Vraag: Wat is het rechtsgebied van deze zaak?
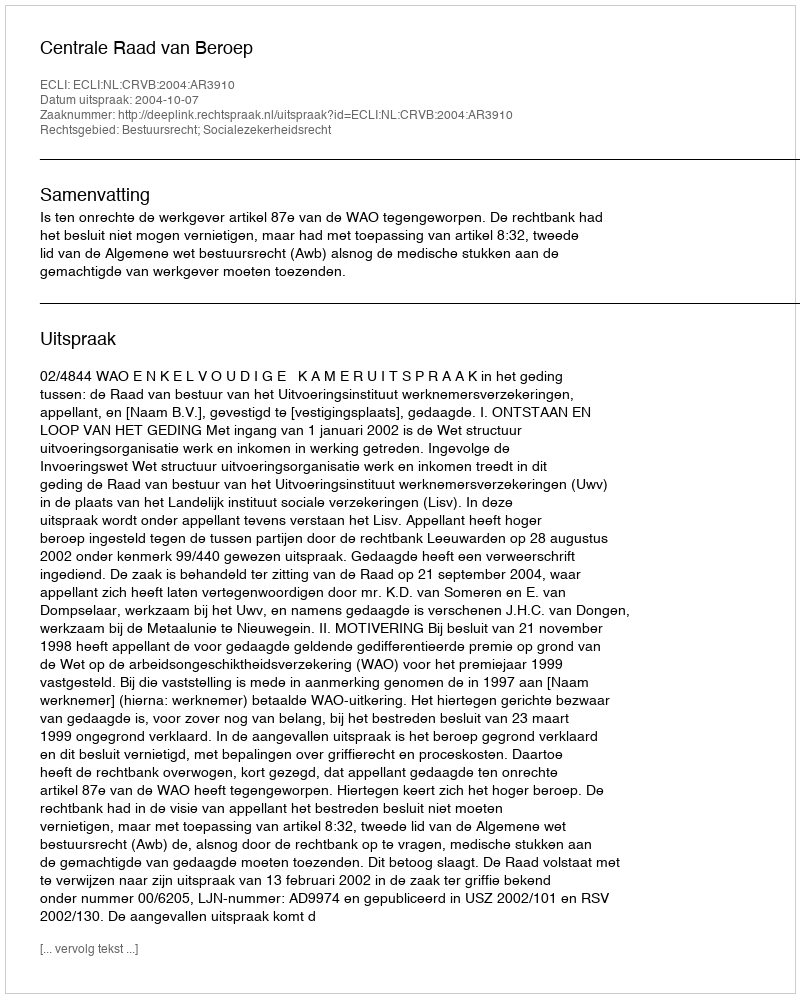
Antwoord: Bestuursrecht; Socialezekerheidsrecht